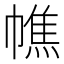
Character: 𢄺